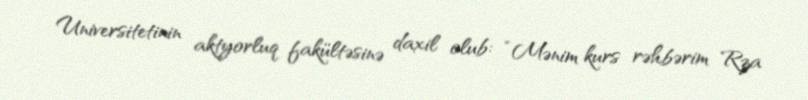
Universitetinin aktyorluq fakültəsinə daxil olub: “Mənim kurs rəhbərim Rza